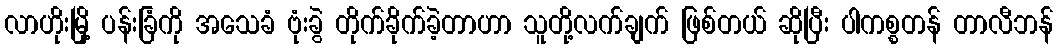
လာဟိုးမြို့ ပန်းခြံကို အသေခံ ဗုံးခွဲ တိုက်ခိုက်ခဲ့တာဟာ သူတို့လက်ချက် ဖြစ်တယ် ဆိုပြီး ပါကစ္စတန် တာလီဘန်